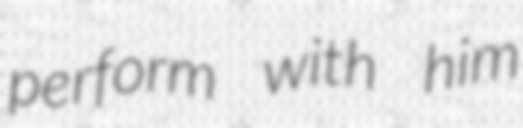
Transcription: perform with him